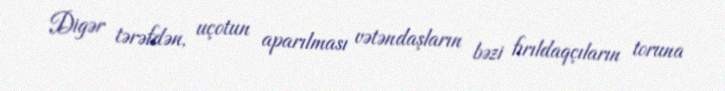
Digər tərəfdən, uçotun aparılması vətəndaşların bəzi fırıldaqçıların toruna